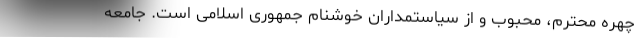
چهره محترم، محبوب و از سیاستمداران خوشنام جمهوری اسلامی است. جامعه